Document type: Sale
Year: 1461
Scribe: [Unknown]
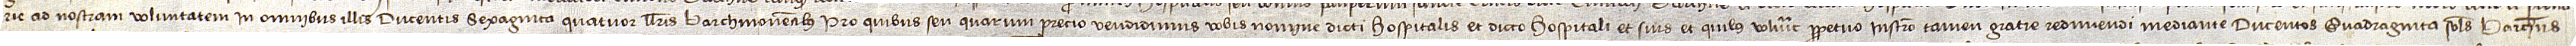
rie ad nostram voluntatem in omnibus illis ducentis sexaginta quatuor llibris barchinonensibus pro quibus seu quarum precio vendidimus vobis nomine dicti hospitalis et dicto hospitali et suis et quibus voluerit perpetuo, instrumento tamen gratie redimendi mediante, ducentos quadraginta solidos barchinonenses